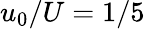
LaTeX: u_{0}/U=1/5